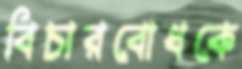
বিচারবোধকে